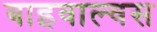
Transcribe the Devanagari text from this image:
बाइवाल्वस